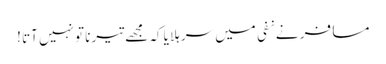
مسافر نے نفی میں سر ہلا یا کہ مجھے تیرنا تو نہیں آتا !